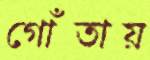
গোঁতায়